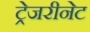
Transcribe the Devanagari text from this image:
ट्रेजरीनेट